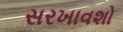
સરખાવશો